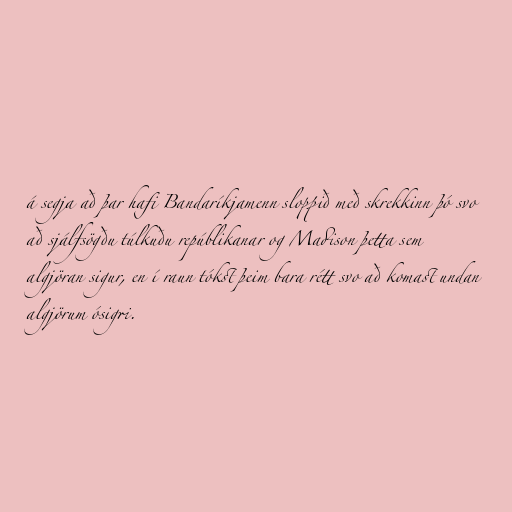
á segja að þar hafi Bandaríkjamenn sloppið með skrekkinn þó svo
að sjálfsögðu túlkuðu repúblikanar og Madison þetta sem
algjöran sigur, en í raun tókst þeim bara rétt svo að komast undan
algjörum ósigri.